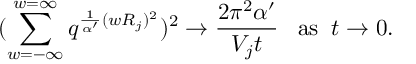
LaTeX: ( \sum _ { w = - \infty } ^ { w = \infty } q ^ { \frac { 1 } { \alpha ^ { \prime } } ( w R _ { j } ) ^ { 2 } } ) ^ { 2 } \rightarrow \frac { 2 \pi ^ { 2 } \alpha ^ { \prime } } { V _ { j } t } \; \; \; \mathrm { a s } \; \; t \rightarrow 0 .